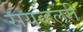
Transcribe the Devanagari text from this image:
रायव्हलरी